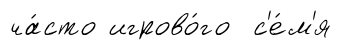
ча́сто игрово́го с'е́м'я